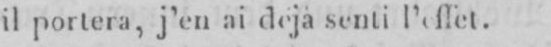
il portera,j’en ai déjàsenti l’effet.